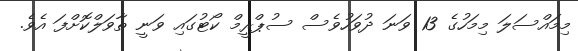
މިމައްސަލަ މިމަހުގެ 13 ވަނަ ދުވަހުވެސް ސުޕްރީމް ކޯޓުގައި ވަނީ ތާވަލްކޮށްފަ އެވެ.